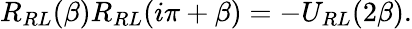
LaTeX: R_{RL}(\beta)R_{RL}(i\pi+\beta)=-U_{RL}(2\beta).